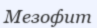
Мезофит